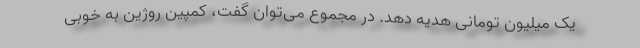
یک میلیون تومانی هدیه دهد. در مجموع می‌توان گفت، کمپین روژین به خوبی